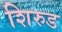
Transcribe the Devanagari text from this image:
शिरुड